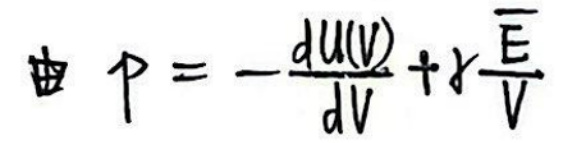
\[ p = -\frac{dU(V)}{dV} + \gamma \frac{E}{V} \]